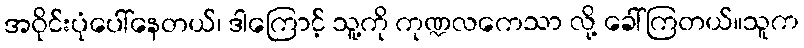
အဝိုင်းပုံပေါ်နေတယ်၊ ဒါကြောင့် သူ့ကို ကုဏ္ဍလကေသာ လို့ ခေါ်ကြတယ်။သူက